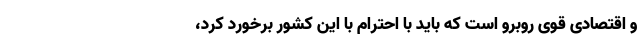
و اقتصادی قوی روبرو است که باید با احترام با این کشور برخورد کرد،